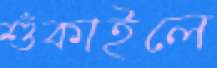
শুঁকাইলে